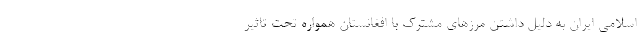
اسلامی ایران به دلیل داشتن مرز‌های مشترک با افغانستان همواره تحت تاثیر